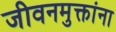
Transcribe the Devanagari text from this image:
जीवनमुक्तांना